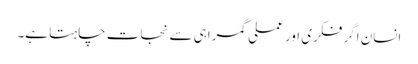
انسان اگر فکری اور عملی گمراہی سے نجات چاہتا ہے۔